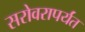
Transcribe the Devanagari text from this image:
सरोवरापर्यंत